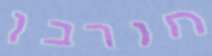
חורבן